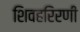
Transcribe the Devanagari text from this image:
शिवहरिरणी